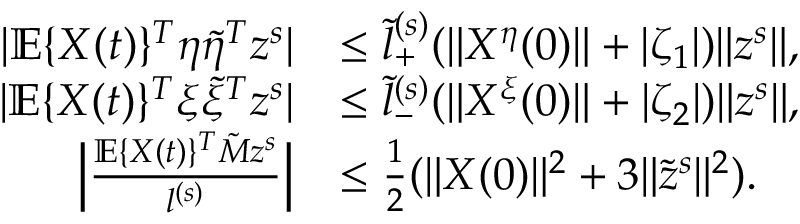
\begin{array} { r l } { | \mathbb { E } \{ X ( t ) \} ^ { T } \eta \tilde { \eta } ^ { T } z ^ { s } | } & { \le \tilde { l } _ { + } ^ { ( s ) } ( \| X ^ { \eta } ( 0 ) \| + | \zeta _ { 1 } | ) \| z ^ { s } \| , } \\ { | \mathbb { E } \{ X ( t ) \} ^ { T } \xi \tilde { \xi } ^ { T } z ^ { s } | } & { \le \tilde { l } _ { - } ^ { ( s ) } ( \| X ^ { \xi } ( 0 ) \| + | \zeta _ { 2 } | ) \| z ^ { s } \| , } \\ { \Big | \frac { \mathbb { E } \{ X ( t ) \} ^ { T } \tilde { M } z ^ { s } } { l ^ { ( s ) } } \Big | } & { \le \frac { 1 } { 2 } ( \| X ( 0 ) \| ^ { 2 } + 3 \| \tilde { z } ^ { s } \| ^ { 2 } ) . } \end{array}